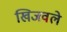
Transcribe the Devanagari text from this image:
खिजवले